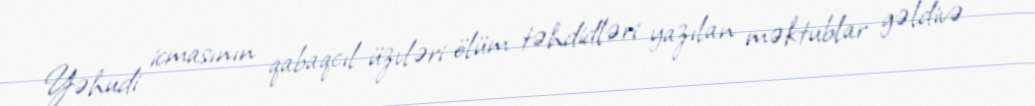
Yəhudi icmasının qabaqcıl üzvləri ölüm təhdidləri yazılan məktublar gəldivə